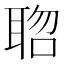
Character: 𮋱